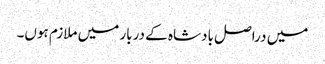
میں دراصل بادشاہ کے دربار میں ملازم ہوں۔